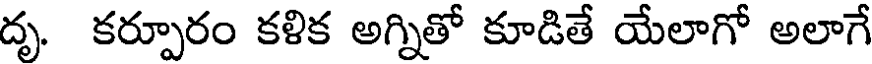
దృ. కర్పూరం కళిక అగ్నితో కూడితే యేలాగో అలాగే